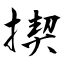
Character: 揳